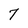
Character: 7